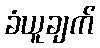
ခံယူချက်